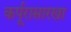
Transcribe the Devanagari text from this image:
कर्पूरासारखा